Indian journal of veterinary science and animal husbandry - Volume 9,
Year: 1939
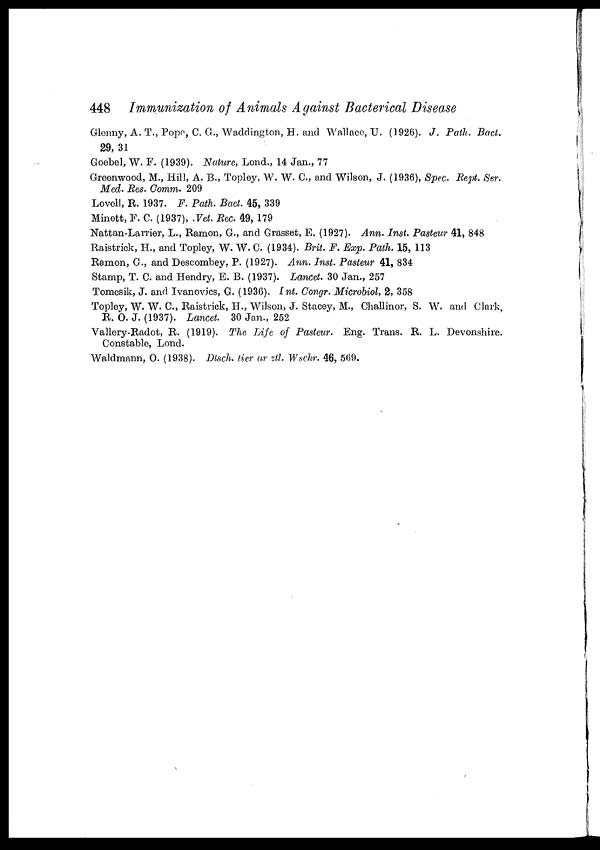
448 Immunization of Animals Against Bacterical Disease
Glenny, A. T., Pope, C. G., Waddington, H. and Wallace, U. (1926). J. Path. Bact.
29, 31
Goebel, W. F. (1939). Nature, Lond., 14 Jan., 77
Greenwood, M., Hill, A. B., Topley, W. W. C., and Wilson, J. (1936), Spec. Rept. Ser.
Med. Res. Comm. 209
Lovell, R. 1937. F. Path. Bact. 45, 339
Minett, F. C. (1937), .Vet. Rec. 49, 179
Nattan-Larrier, L., Ramon, G., and Grasset, E. (1927). Ann. Inst. Pasteur 41, 848
Raistrick, H., and Topley, W. W. C. (1934). Brit. F. Exp. Path. 15, 113
Ramon, G., and Descombey, P. (1927). Ann. Inst. Pasteur 41, 834
Stamp, T. C. and Hendry, E. B. (1937). Lancet. 30 Jan., 257
Tomcsik, J. and Ivanovics, G. (1936). Int. Congr. Microbiol, 2, 358
Topley, W. W. C., Raistrick, H., Wilson, J. Stacey, M., Challinor, S. W. and Clark,
R. O. J. (1937). Lancet. 30 Jan., 252
Vallery-Radot, R. (1919). The Life of Pasteur. Eng. Trans. R. L. Devonshire.
Constable, Lond.
Waldmann, O. (1938). Dtsch. tier ar ztl. Wschr. 46, 569.